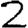
Digit: 2